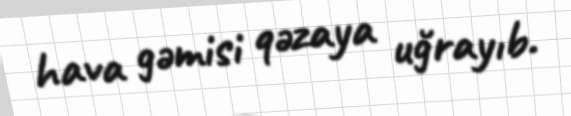
hava gəmisi qəzaya uğrayıb.